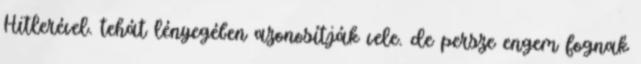
Hitlerével. tehát lényegében azonosítják vele. de persze engem fognak